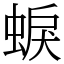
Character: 蜧